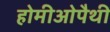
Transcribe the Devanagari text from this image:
होमीओपैथी